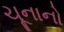
ચૂનાનો